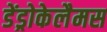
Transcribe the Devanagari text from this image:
डेंड्रोकेलैमस